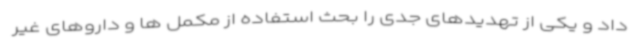
داد و یکی از تهدیدهای جدی را بحث استفاده از مکمل ها و داروهای غیر